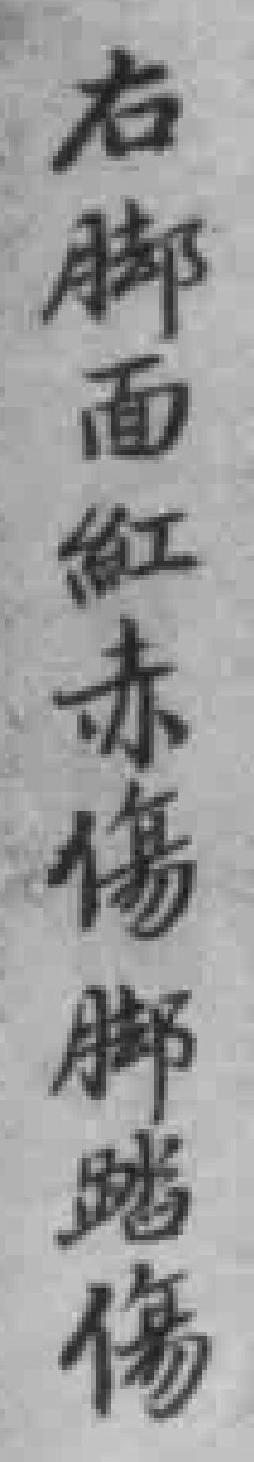
右脚面紅赤傷腳踏傷